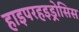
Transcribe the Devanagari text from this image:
हाइपरहइड्रोसिस